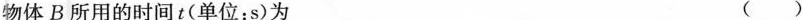
物体B所用的时间t(单位：s)为 ( )